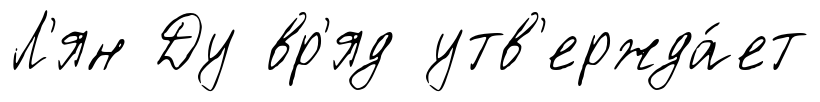
Л'ян Ду вр'яд утв'ержда́ет